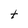
Character: t